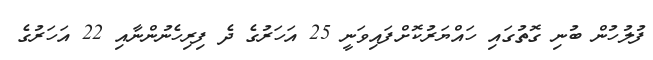
ފުލުހުން ބުނި ގޮތުގައި ހައްޔަރުކޮށްފައިވަނީ 25 އަހަރުގެ ދެ ފިރިހެނުންނާއި 22 އަހަރުގެ